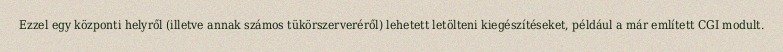
Ezzel egy központi helyről (illetve annak számos tükörszerveréről) lehetett letölteni kiegészítéseket, például a már említett CGI modult.